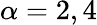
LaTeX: \alpha=2,4